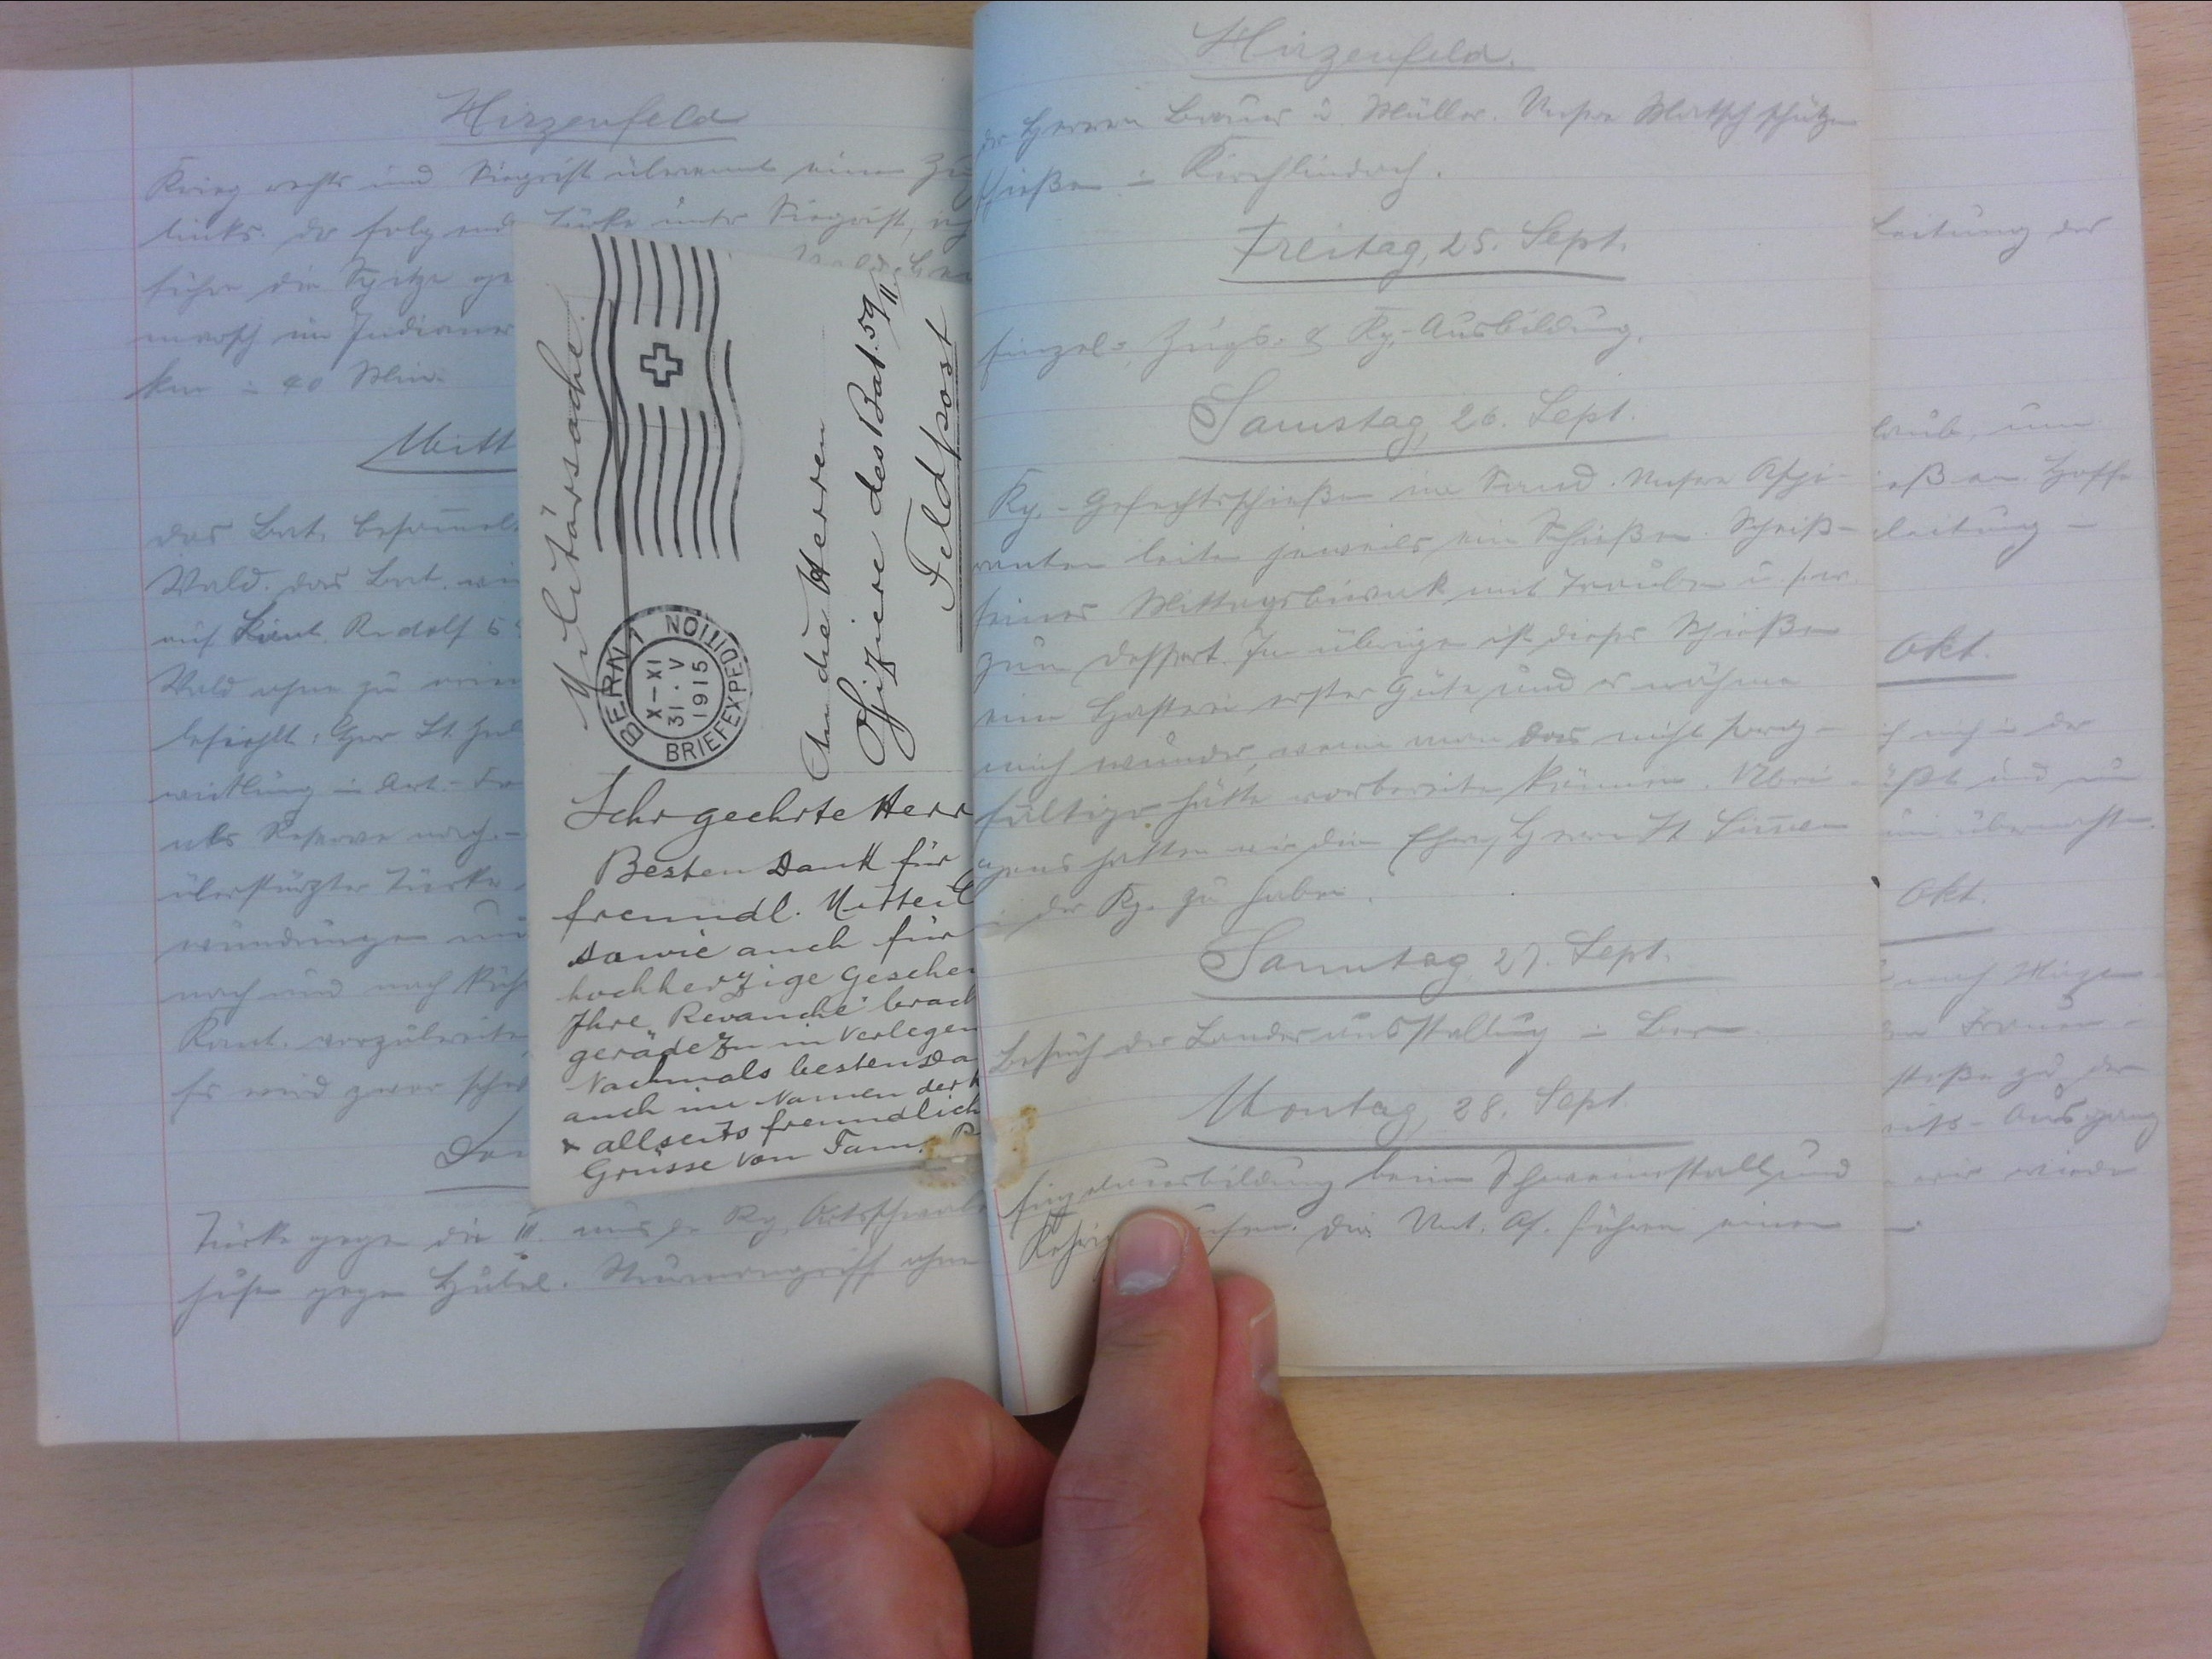
Hirzenfeld
der Herren Bauer u. Müller. Unsere Matschschützen
schiessen in Riechlindorf.
Freitag, 25. Sept.
Einzel-, Zugs- & Kp. Ausbildung.
Samstag, 26. Sept.
Kp.-gefechtsschiessen im Sand. Unsere Aspi-
ranten leiten jeweils ein Schiessen. Scheiss-
feines Mittagsbiwak mit Trauben u. Läse
zum Dessert. Im übrigen ist dieses Schiessen
ein Hasten erster Güte und es nähme
mich wunder, wenn man das nicht sorg-
fältiger hätte vorbereiten können. (?) bei
(?) hatten wir die Ehre, Herrn Lt. Simmen
in der Kp. zu haben.
Samstag, 27. Sept.
Besuch der Landesausstellung in Bern.
Montag, 28. Sept.
Einzelausbildung beim Schweinestall und
Kehrichtshaufen. Die Unt. Of. führen einen